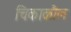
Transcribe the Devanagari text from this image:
चिकाकौल